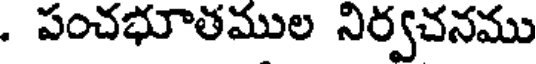
. పంచభూతముల నిర్వచనము